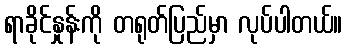
ရာခိုင်နှုန်းကို တရုတ်ပြည်မှာ လုပ်ပါတယ်။